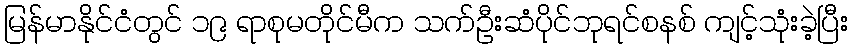
မြန်မာနိုင်ငံတွင် ၁၉ ရာစုမတိုင်မီက သက်ဦးဆံပိုင်ဘုရင်စနစ် ကျင့်သုံးခဲ့ပြီး